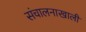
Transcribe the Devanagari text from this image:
संचालनाखाली